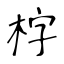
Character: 𣑑